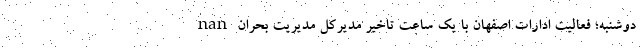
nan دوشنبه؛ فعالیت ادارات اصفهان با یک ساعت تاخیر مدیرکل مدیریت بحران